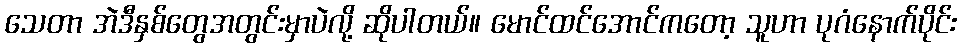
သေတာ အဲဒီနှစ်တွေအတွင်းမှာပဲလို့ ဆိုပါတယ်။ မောင်ထင်အောင်ကတော့ သူဟာ ပုဂံနောက်ပိုင်း